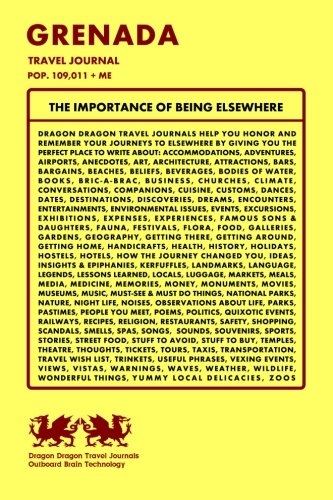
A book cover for Grenada Travel Journal, Pop. 109,011 + Me; Dragon Dragon Travel Journals; Travel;